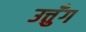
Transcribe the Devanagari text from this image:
उत्तुँग